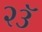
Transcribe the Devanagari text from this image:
२३ॅ